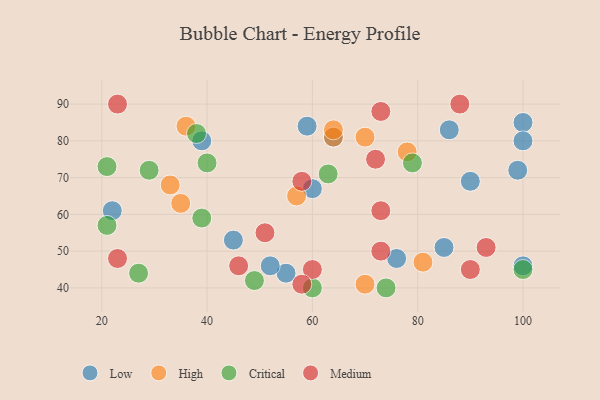
{"axis": {"x": "GDP", "y": "Life Expectancy"}, "legend": ["Critical", "High", "Low", "Medium"], "data": [{"x": "60", "y": 67, "type": "Low"}, {"x": "55", "y": 44, "type": "Low"}, {"x": "59", "y": 84, "type": "Low"}, {"x": "85", "y": 51, "type": "Low"}, {"x": "100", "y": 85, "type": "Low"}, {"x": "100", "y": 46, "type": "Low"}, {"x": "76", "y": 48, "type": "Low"}, {"x": "45", "y": 53, "type": "Low"}, {"x": "22", "y": 61, "type": "Low"}, {"x": "86", "y": 83, "type": "Low"}, {"x": "90", "y": 69, "type": "Low"}, {"x": "100", "y": 80, "type": "Low"}, {"x": "64", "y": 81, "type": "Low"}, {"x": "99", "y": 72, "type": "Low"}, {"x": "52", "y": 46, "type": "Low"}, {"x": "39", "y": 80, "type": "Low"}, {"x": "81", "y": 47, "type": "High"}, {"x": "33", "y": 68, "type": "High"}, {"x": "36", "y": 84, "type": "High"}, {"x": "64", "y": 81, "type": "High"}, {"x": "35", "y": 63, "type": "High"}, {"x": "78", "y": 77, "type": "High"}, {"x": "70", "y": 41, "type": "High"}, {"x": "57", "y": 65, "type": "High"}, {"x": "70", "y": 81, "type": "High"}, {"x": "64", "y": 83, "type": "High"}, {"x": "100", "y": 45, "type": "Critical"}, {"x": "79", "y": 74, "type": "Critical"}, {"x": "49", "y": 42, "type": "Critical"}, {"x": "38", "y": 82, "type": "Critical"}, {"x": "60", "y": 40, "type": "Critical"}, {"x": "40", "y": 74, "type": "Critical"}, {"x": "39", "y": 59, "type": "Critical"}, {"x": "21", "y": 73, "type": "Critical"}, {"x": "29", "y": 72, "type": "Critical"}, {"x": "21", "y": 57, "type": "Critical"}, {"x": "63", "y": 71, "type": "Critical"}, {"x": "27", "y": 44, "type": "Critical"}, {"x": "74", "y": 40, "type": "Critical"}, {"x": "72", "y": 75, "type": "Medium"}, {"x": "58", "y": 69, "type": "Medium"}, {"x": "73", "y": 88, "type": "Medium"}, {"x": "46", "y": 46, "type": "Medium"}, {"x": "23", "y": 90, "type": "Medium"}, {"x": "23", "y": 48, "type": "Medium"}, {"x": "51", "y": 55, "type": "Medium"}, {"x": "60", "y": 45, "type": "Medium"}, {"x": "58", "y": 41, "type": "Medium"}, {"x": "73", "y": 50, "type": "Medium"}, {"x": "90", "y": 45, "type": "Medium"}, {"x": "88", "y": 90, "type": "Medium"}, {"x": "93", "y": 51, "type": "Medium"}, {"x": "73", "y": 61, "type": "Medium"}]}